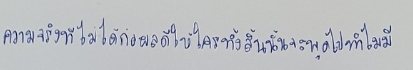
ความจริงทีไม่ได้ก่อผลดีให้ใครทั้งสิ้นนั้นจะพูดไปทำไมมี